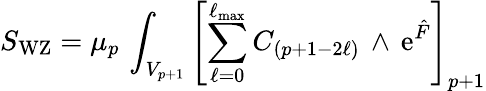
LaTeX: S_{\mathrm{WZ}}=\mu_{p}\, \int_{V_{p+1}}\left[\sum_{\ell=0}^{\ell_{\mathrm{max}}}C_{(p+1-2\ell)}\, \wedge\, \mathrm{e}^{\hat{F}}\right]_{p+1}